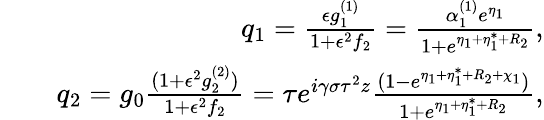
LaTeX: \begin{array}{rlr}&{}&{q_{1}=\frac{\epsilon g_{1}^{(1)}}{1+\epsilon^{2}f_{2}}=\frac{\alpha_{1}^{(1)}e^{\eta_{1}}}{1+e^{\eta_{1}+\eta_{1}^{*}+R_{2}}},}\\ &{}&{q_{2}=g_{0}\frac{(1+\epsilon^{2}g_{2}^{(2)})}{1+\epsilon^{2}f_{2}}=\tau e^{i\gamma\sigma\tau^{2}z}\frac{(1-e^{\eta_{1}+\eta_{1}^{*}+R_{2}+\chi_{1}})}{1+e^{\eta_{1}+\eta_{1}^{*}+R_{2}}},}\end{array}